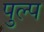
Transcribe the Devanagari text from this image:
पुल्प